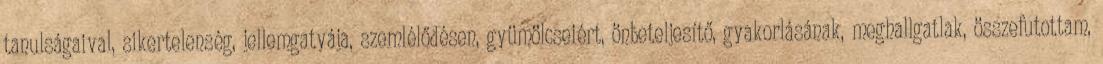
tanulságaival, sikertelenség, jellemgatyája, szemlélődésen, gyümölcseiért, önbeteljesítő, gyakorlásának, meghallgatlak, összefutottam,